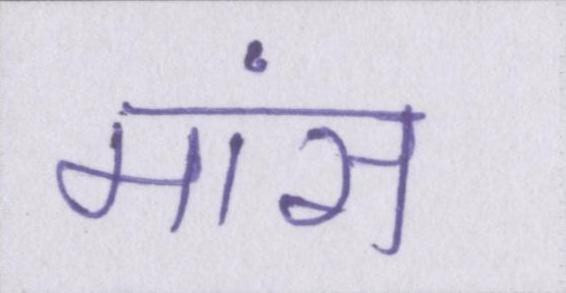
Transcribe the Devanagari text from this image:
मांस